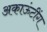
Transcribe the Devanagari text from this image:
अकाऊंटींग